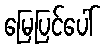
မြေပြင်ပေါ်